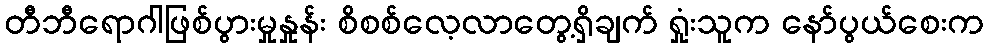
တီဘီရောဂါဖြစ်ပွားမှုနှုန်း စိစစ်လေ့လာတွေ့ရှိချက် ရှုံးသူက နော်ပွယ်စေးက